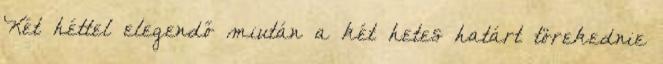
Két héttel elegendő miután a két hetes határt törekednie